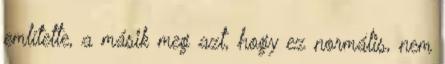
említette, a másik meg azt, hogy ez normális, nem